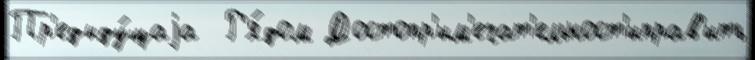
Пр'едыду́щаjа  Р'я́дом Достопр'им'ечат'ельност'иправ'ить